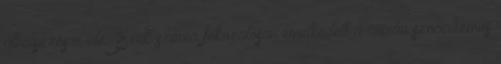
áthelyezésre ide. Ezek száma fokozatosan emelkedett a román szocializmus